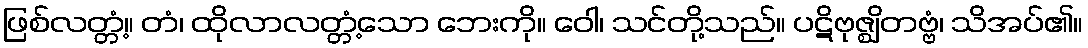
ဖြစ်လတ္တံ့။ တံ၊ ထိုလာလတ္တံ့သော ဘေးကို။ ဝေါ၊ သင်တို့သည်။ ပဋိဗုဇ္ဈိတဗ္ဗံ၊ သိအပ်၏။